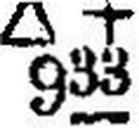
∆ + 933